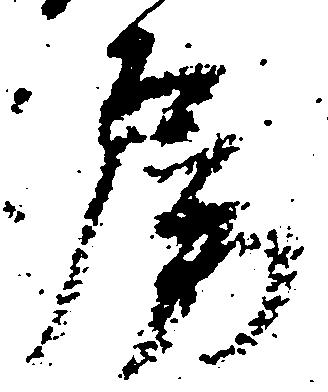
房